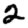
Digit: 2